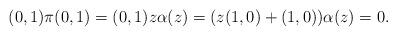
LaTeX: \begin{align*}(0,1)\pi(0,1) = (0,1)z\alpha(z) = (z(1,0) + (1,0))\alpha(z) = 0.\end{align*}